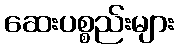
ဆေးပစ္စည်းများ